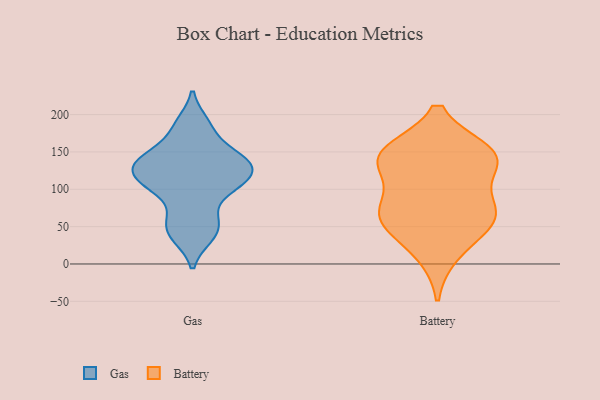
{"axis": {"x": "Revenue (USD Million)", "y": "Value"}, "legend": ["Battery", "Gas"], "data": [{"x": "", "y": 188, "type": "Gas"}, {"x": "", "y": 183, "type": "Gas"}, {"x": "", "y": 134, "type": "Gas"}, {"x": "", "y": 105, "type": "Gas"}, {"x": "", "y": 104, "type": "Gas"}, {"x": "", "y": 143, "type": "Gas"}, {"x": "", "y": 62, "type": "Gas"}, {"x": "", "y": 117, "type": "Gas"}, {"x": "", "y": 57, "type": "Gas"}, {"x": "", "y": 100, "type": "Gas"}, {"x": "", "y": 132, "type": "Gas"}, {"x": "", "y": 39, "type": "Gas"}, {"x": "", "y": 137, "type": "Gas"}, {"x": "", "y": 37, "type": "Gas"}, {"x": "", "y": 153, "type": "Gas"}, {"x": "", "y": 134, "type": "Gas"}, {"x": "", "y": 114, "type": "Gas"}, {"x": "", "y": 68, "type": "Battery"}, {"x": "", "y": 144, "type": "Battery"}, {"x": "", "y": 149, "type": "Battery"}, {"x": "", "y": 138, "type": "Battery"}, {"x": "", "y": 147, "type": "Battery"}, {"x": "", "y": 14, "type": "Battery"}, {"x": "", "y": 59, "type": "Battery"}, {"x": "", "y": 138, "type": "Battery"}, {"x": "", "y": 86, "type": "Battery"}, {"x": "", "y": 53, "type": "Battery"}, {"x": "", "y": 67, "type": "Battery"}]}